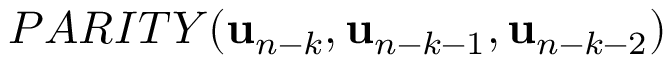
P A R I T Y ( { \bf u } _ { n - k } , { \bf u } _ { n - k - 1 } , { \bf u } _ { n - k - 2 } )